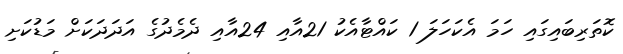
ކޮތަރިބައިގައި ހަމަ އެކަހަލަ 1 ކައްޓާއެކު 21އާއި 24އާއި ދެމެދުގެ އަދަދަކަށް މަޑުކަށި